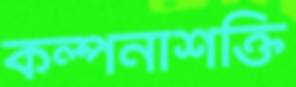
কল্পনাশক্তি